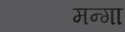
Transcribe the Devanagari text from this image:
मन्गा